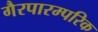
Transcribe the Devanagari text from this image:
गैरपारम्परिक